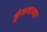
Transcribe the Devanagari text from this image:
कुंकवाच्या